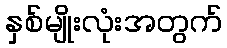
နှစ်မျိုးလုံးအတွက်